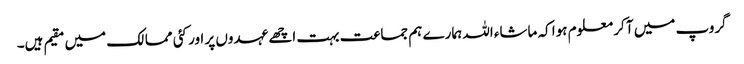
گروپ میں آ کر معلوم ہوا کہ ماشاء اللہ ہمارے ہم جماعت بہت اچھے عہدوں پر اور کئی ممالک میں مقیم ہیں۔